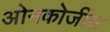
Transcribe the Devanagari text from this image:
ओनकोजींस